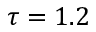
\tau = 1 . 2